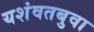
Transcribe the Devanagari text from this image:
यशंवतबुवा